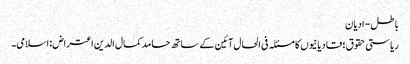
باطل- ادیان
ریاستی حقوق؛ قادیانیوں کا مسئلہ فی الحال آئین کے ساتھ حامد کمال الدین اعتراض: اسلامی۔